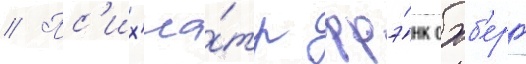
// Пс'их'иа́тр фрэ́нк охб'ерг